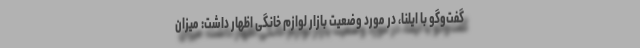
گفت‌وگو با ایلنا، در مورد وضعیت بازار لوازم خانگی اظهار داشت: میزان